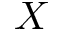
X